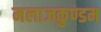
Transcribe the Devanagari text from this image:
मलाजकुण्डम